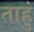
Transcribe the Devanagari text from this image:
ताहुं